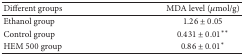
| Different groups | MDA level (μmol/g) |
 | --- | --- |
 | Ethanol group | 1.26 ± 0.05 |
 | Control group | 0.431 ± 0.01∗∗ |
 | HEM 500 group | 0.86 ± 0.01∗ |